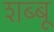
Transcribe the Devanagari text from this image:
शब्बू